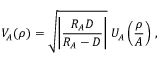
V _ { A } ( \boldsymbol \rho ) = \sqrt { \left| \frac { R _ { A } D } { R _ { A } - D } \right| } \; U _ { A } \left( { \frac { \boldsymbol \rho } { A } } \right) \, ,